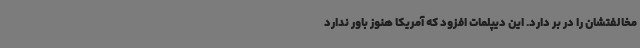
مخالفتشان را در بر دارد. این دیپلمات افزود که آمریکا هنوز باور ندارد